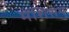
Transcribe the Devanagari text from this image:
मेंशिसय